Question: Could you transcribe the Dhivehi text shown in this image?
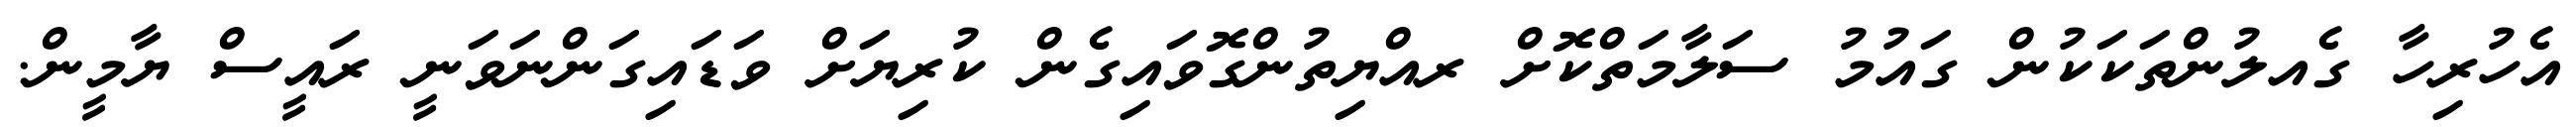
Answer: އެހުރިހާ ގެއލުންތަކަކުން ގައުމު ސަލާމަތްކޮށް ރއްޔިތުންގޮވައިގެން ކުރިޔަށް ވަޑައިގަންނަވަނީ ރައީސް ޔާމީން.